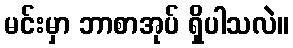
မင်းမှာ ဘာစာအုပ် ရှိပါသလဲ။